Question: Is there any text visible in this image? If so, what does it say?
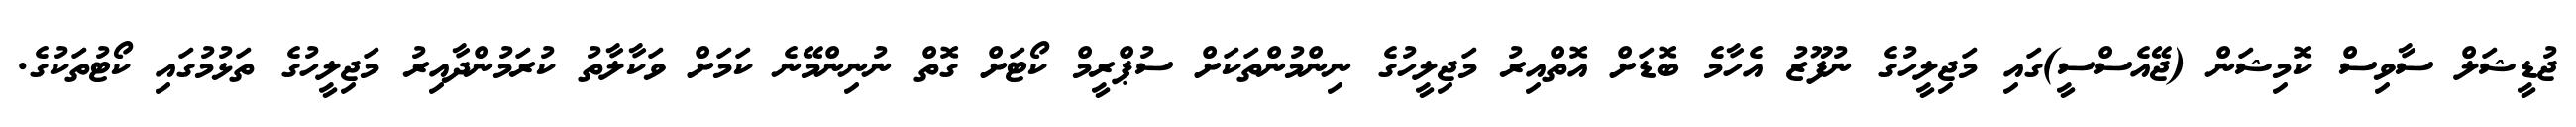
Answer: ޖުޑީޝަލް ސާވިސް ކޮމިޝަން (ޖޭއެސްސީ)ގައި މަޖިލީހުގެ ނުފޫޒު އެހާމެ ބޮޑަށް އޮތްއިރު މަޖިލީހުގެ ނިންމުންތަކަށް ސުޕްރީމް ކޯޓަށް ގޮތް ނުނިންމޭނެ ކަމަށް ވަކާލާތު ކުރަމުންދާއިރު މަޖިލީހުގެ ތަޅުމުގައި ކޯޓުތަކުގެ.